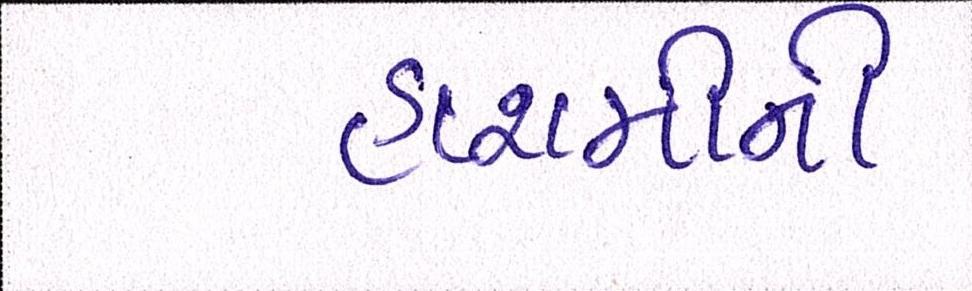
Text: હાશમીની